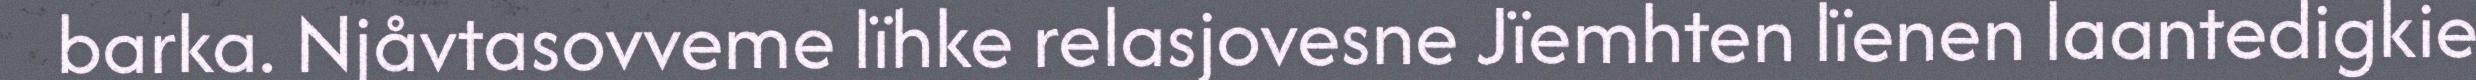
barka. Njåvtasovveme lïhke relasjovesne Jïemhten lïenen laantedigkie